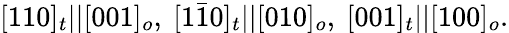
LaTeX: [110]_{t}||[001]_{o},\ [1\bar{1}0]_{t}||[010]_{o},\ [001]_{t}||[100]_{o}.